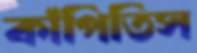
কাঁপিতিস